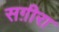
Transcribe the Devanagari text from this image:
सग़ीरा